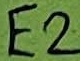
Text: E2